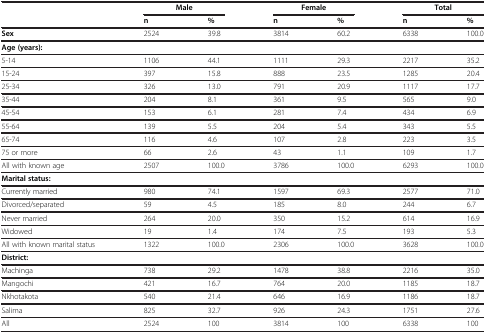
<table><thead><tr><td rowspan="2">[EMPTY_CELL]</td><td colspan="2"><b>Male</b></td><td colspan="2"><b>Female</b></td><td colspan="2"><b>Total</b></td></tr><tr><td><b>n</b></td><td><b>%</b></td><td><b>n</b></td><td><b>%</b></td><td><b>n</b></td><td><b>%</b></td></tr></thead><tbody><tr><td><b>Sex</b></td><td>2524</td><td>39.8</td><td>3814</td><td>60.2</td><td>6338</td><td>100.0</td></tr><tr><td><b>Age (years):</b></td><td>[EMPTY_CELL]</td><td>[EMPTY_CELL]</td><td>[EMPTY_CELL]</td><td>[EMPTY_CELL]</td><td>[EMPTY_CELL]</td><td>[EMPTY_CELL]</td></tr><tr><td>5-14</td><td>1106</td><td>44.1</td><td>1111</td><td>29.3</td><td>2217</td><td>35.2</td></tr><tr><td>15-24</td><td>397</td><td>15.8</td><td>888</td><td>23.5</td><td>1285</td><td>20.4</td></tr><tr><td>25-34</td><td>326</td><td>13.0</td><td>791</td><td>20.9</td><td>1117</td><td>17.7</td></tr><tr><td>35-44</td><td>204</td><td>8.1</td><td>361</td><td>9.5</td><td>565</td><td>9.0</td></tr><tr><td>45-54</td><td>153</td><td>6.1</td><td>281</td><td>7.4</td><td>434</td><td>6.9</td></tr><tr><td>55-64</td><td>139</td><td>5.5</td><td>204</td><td>5.4</td><td>343</td><td>5.5</td></tr><tr><td>65-74</td><td>116</td><td>4.6</td><td>107</td><td>2.8</td><td>223</td><td>3.5</td></tr><tr><td>75 or more</td><td>66</td><td>2.6</td><td>43</td><td>1.1</td><td>109</td><td>1.7</td></tr><tr><td>All with known age</td><td>2507</td><td>100.0</td><td>3786</td><td>100.0</td><td>6293</td><td>100.0</td></tr><tr><td><b>Marital status:</b></td><td>[EMPTY_CELL]</td><td>[EMPTY_CELL]</td><td>[EMPTY_CELL]</td><td>[EMPTY_CELL]</td><td>[EMPTY_CELL]</td><td>[EMPTY_CELL]</td></tr><tr><td>Currently married</td><td>980</td><td>74.1</td><td>1597</td><td>69.3</td><td>2577</td><td>71.0</td></tr><tr><td>Divorced/separated</td><td>59</td><td>4.5</td><td>185</td><td>8.0</td><td>244</td><td>6.7</td></tr><tr><td>Never married</td><td>264</td><td>20.0</td><td>350</td><td>15.2</td><td>614</td><td>16.9</td></tr><tr><td>Widowed</td><td>19</td><td>1.4</td><td>174</td><td>7.5</td><td>193</td><td>5.3</td></tr><tr><td>All with known marital status</td><td>1322</td><td>100.0</td><td>2306</td><td>100.0</td><td>3628</td><td>100.0</td></tr><tr><td><b>District:</b></td><td>[EMPTY_CELL]</td><td>[EMPTY_CELL]</td><td>[EMPTY_CELL]</td><td>[EMPTY_CELL]</td><td>[EMPTY_CELL]</td><td>[EMPTY_CELL]</td></tr><tr><td>Machinga</td><td>738</td><td>29.2</td><td>1478</td><td>38.8</td><td>2216</td><td>35.0</td></tr><tr><td>Mangochi</td><td>421</td><td>16.7</td><td>764</td><td>20.0</td><td>1185</td><td>18.7</td></tr><tr><td>Nkhotakota</td><td>540</td><td>21.4</td><td>646</td><td>16.9</td><td>1186</td><td>18.7</td></tr><tr><td>Salima</td><td>825</td><td>32.7</td><td>926</td><td>24.3</td><td>1751</td><td>27.6</td></tr><tr><td>All</td><td>2524</td><td>100</td><td>3814</td><td>100</td><td>6338</td><td>100</td></tr></tbody></table>